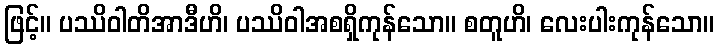
ဖြင့်။ ပဿိဝါတိအာဒီဟိ၊ ပဿိဝါအစရှိကုန်သော။ စတူဟိ၊ လေးပါးကုန်သော။